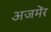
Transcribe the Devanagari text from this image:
अजमेंर